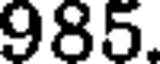
985.